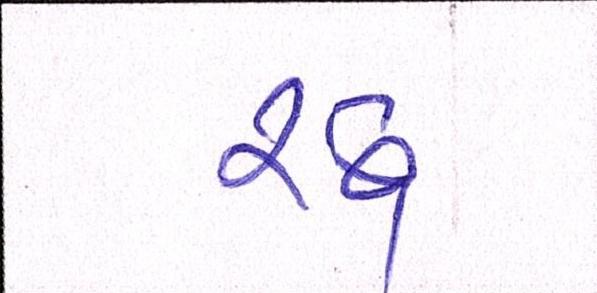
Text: રદ્